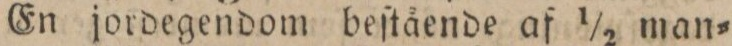
En jordegendom beſtående af 1/2 man=